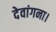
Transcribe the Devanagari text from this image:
देवांगना।